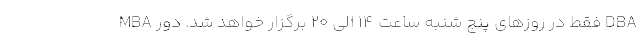
MBA فقط در روزهای پنج شنبه ساعت 14 الی 20 برگزار خواهد شد. دور DBA